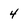
Character: 4